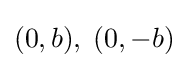
(0,b),\;(0,-b)